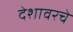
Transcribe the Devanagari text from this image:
देशावरचे